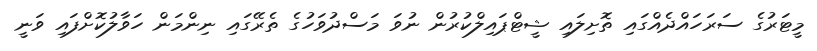
މީޓަރުގެ ސަރަހައްދެއްގައި ތޮށިލައި ޝީޓްޕައިލްކުރުން ނުވަ މަސްދުވަހުގެ ތެރޭގައި ނިންމަން ހަވާލުކޮށްފައި ވަނީ